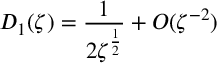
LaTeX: D _ { 1 } ( \zeta ) = \frac { 1 } { 2 \zeta ^ { \frac 1 2 } } + O ( \zeta ^ { - 2 } )